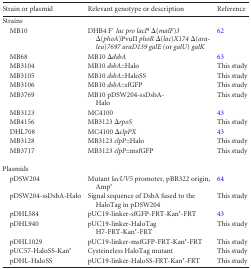
<table><thead><tr><td><b>Strain or plasmid</b></td><td><b>Relevant genotype or description</b></td><td><b>Reference</b></td></tr></thead><tbody><tr><td>Strains</td><td></td><td></td></tr><tr><td>MB10</td><td>DHB4 F′ <i>lac pro lacI<sup>q</sup></i> Δ(<i>malF</i>)<i>3</i> Δ(<i>phoA</i>)PvuII <i>phoR</i> Δ(<i>lac</i>)<i>X174</i> Δ(<i>ara-leu</i>)<i>7697 araD139 galE</i> (or <i>galU</i>) <i>galK</i></td><td>62</td></tr><tr><td>MB68</td><td>MB10 Δ<i>dsbA</i></td><td>63</td></tr><tr><td>MB3104</td><td>MB10 <i>dsbA</i>::Halo</td><td>This study</td></tr><tr><td>MB3105</td><td>MB10 <i>dsbA</i>::HaloSS</td><td>This study</td></tr><tr><td>MB3106</td><td>MB10 <i>dsbA</i>::sfGFP</td><td>This study</td></tr><tr><td>MB3769</td><td>MB10 pDSW204-ssDsbA-Halo</td><td>This study</td></tr><tr><td>MB3123</td><td>MC4100</td><td>43</td></tr><tr><td>MB4156</td><td>MB3123 Δ<i>rpoS</i></td><td>This study</td></tr><tr><td>DHL708</td><td>MC4100 Δ<i>clpPX</i></td><td>43</td></tr><tr><td>MB3128</td><td>MB3123 <i>clpP</i>::Halo</td><td>This study</td></tr><tr><td>MB3717</td><td>MB3123 <i>clpP</i>::msfGFP</td><td>This study</td></tr><tr><td>Plasmids</td><td></td><td></td></tr><tr><td>pDSW204</td><td>Mutant <i>lacUV5</i> promoter, pBR322 origin, Amp<sup>r</sup></td><td>64</td></tr><tr><td>pDSW204-ssDsbA-Halo</td><td>Signal sequence of DsbA fused to the HaloTag in pDSW204</td><td>This study</td></tr><tr><td>pDHL584</td><td>pUC19-linker-sfGFP-FRT-Kan<sup>r</sup>-FRT</td><td>43</td></tr><tr><td>pDHL940</td><td>pUC19-linker-HaloTag H7-FRT-Kan<sup>r</sup>-FRT</td><td>This study</td></tr><tr><td>pDHL1029</td><td>pUC19-linker-msfGFP-FRT-Kan<sup>r</sup>-FRT</td><td>This study</td></tr><tr><td>pUC57-HaloSS-Kan<sup>r</sup></td><td>Cysteineless HaloTag mutant</td><td>This study</td></tr><tr><td>pDHL-HaloSS</td><td>pUC19-linker-HaloSS-FRT-Kan<sup>r</sup>-FRT</td><td>This study</td></tr></tbody></table>